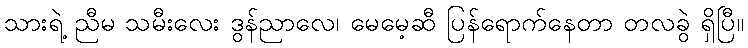
သားရဲ့ ညီမ သမီးလေး ဒွန်ညာလေ၊ မေမေ့ဆီ ပြန်ရောက်နေတာ တလခွဲ ရှိပြီ။